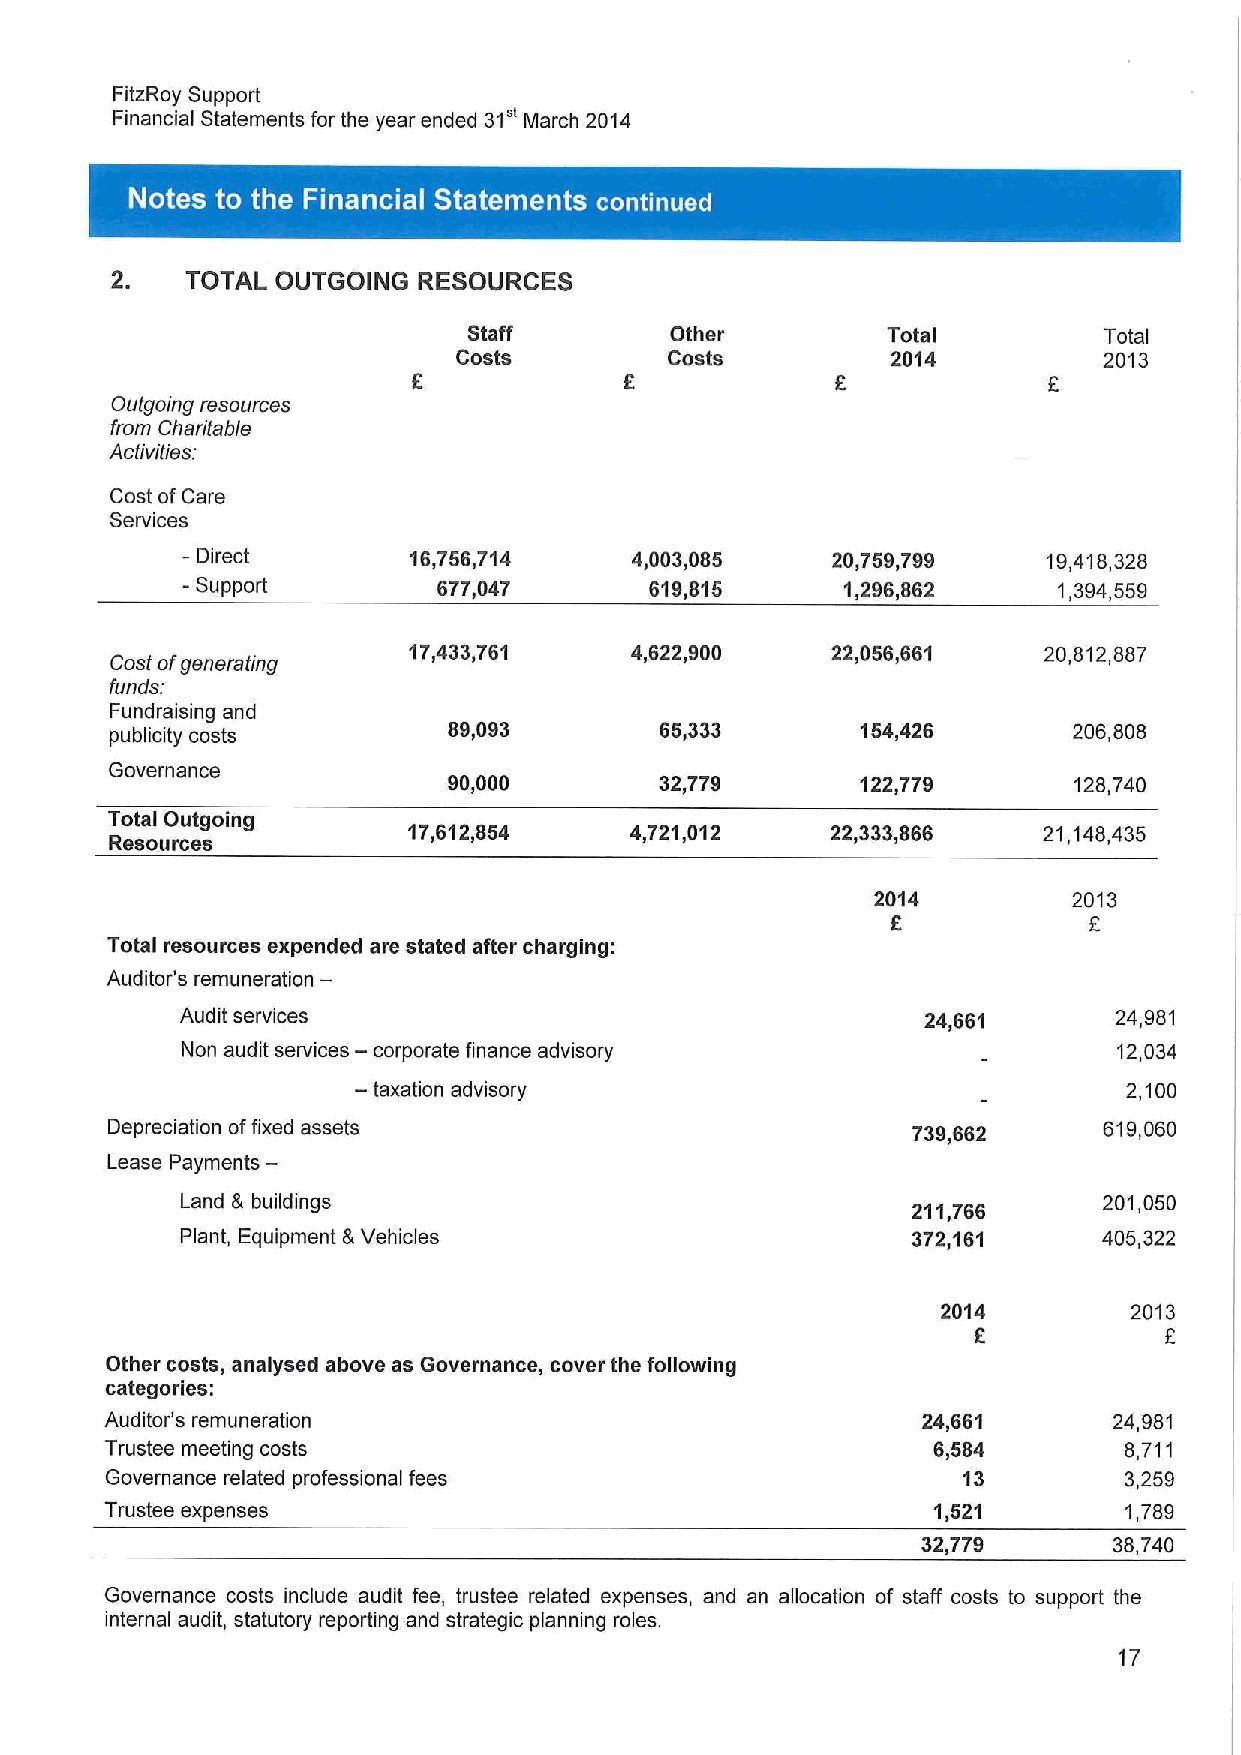
FitzRoy Support
 Financial Statements for the year ended 31' March 2014
 ~    ~
 2.   TOTAL OUTGOING  RESOURCES
 Staff        Other          Total         Total
 Costs         Costs          2014          2013
 Outgoing resources
 from Charitable
 Activities:
 Cost ofCare
 Services
 - Direct       16,756,714     4,003,085    20,759,799    19,418,328
 -
 Support         677,047       619,815      1,296,862     1,394,559
 Cost ofgenerating
 17,433,761     4,622,900    22,056,661    20,812,887
 funds:
 Fundraising and
 publicity costs        89,093        65,333       154,426       208,808
 Governance
 90,000        32,779       122,779       128,740
 Total Outgoing
 17,612,854     4,721,012    22,333,866    21,148,435
 Resources
 2014         2013
 8
 Total resources expended are stated after charging:
 Auditor's remuneration—
 Audit services                                   24,661       24,981
 —
 Non audit services corporate finance advisory                 12,034
 —
 taxation advisory                                 2,100
 Depreciation offixed assets                          739,662      619,060
 Lease Payments—
 Land & buildings                                211,766      201,050
 Plant, Equipment &Vehicles                      372,161      405,322
 2014         2013
 6
 Other costs, analysed above as Governance, cover the following
 categories:
 Auditor's remuneration                                24,661       24,981
 Trustee meeting costs                                  6,584       8,711
 Governance related professional fees                     13        3,259
 Trustee expenses                                       1,521       1,789
 32,779       38,740
 Governance costs include audit fee, trustee related expenses, and an allocation of staff costs to support the
 internal audit, statutory reporting and strategic planning roles.
 17